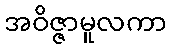
အဝိဇ္ဇာမူလကာ